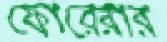
ফোরেরার